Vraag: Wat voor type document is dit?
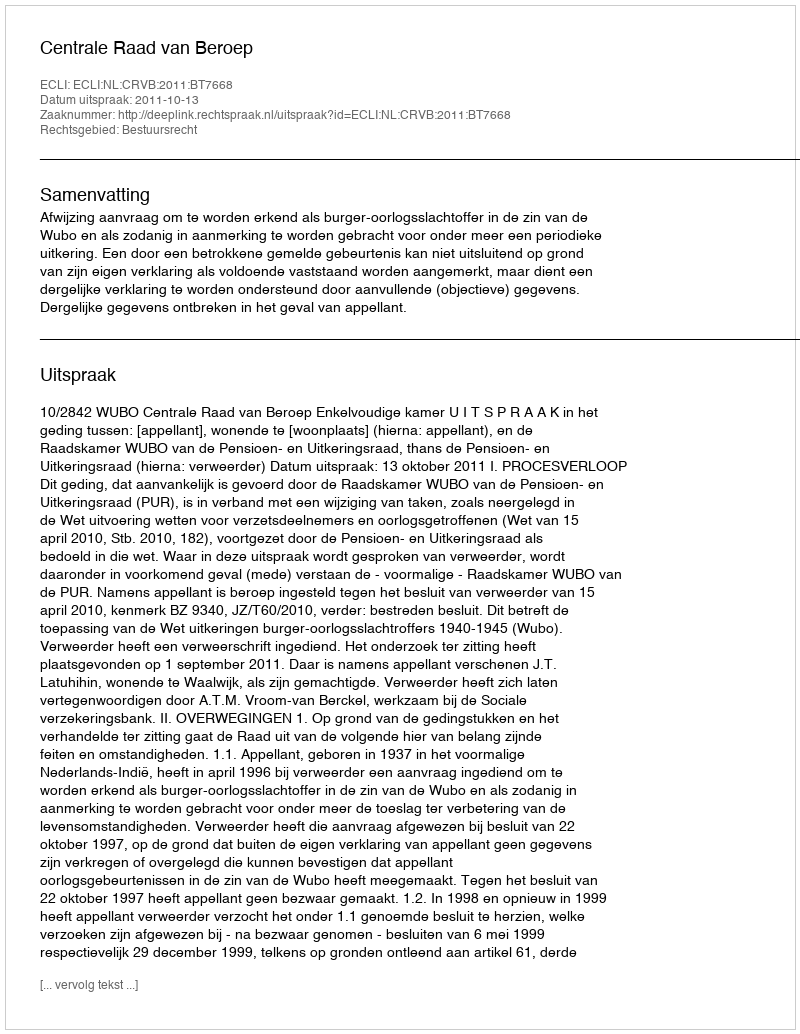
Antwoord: Uitspraak